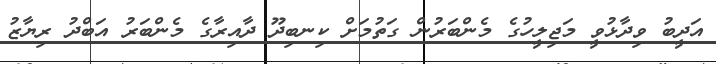
އަދީބު ވިދާޅުވީ މަޖިލީހުގެ މެންބަރުން ގަތުމަށް ކިނބިދޫ ދާއިރާގެ މެންބަރު އަބްދު ރިޔާޒު